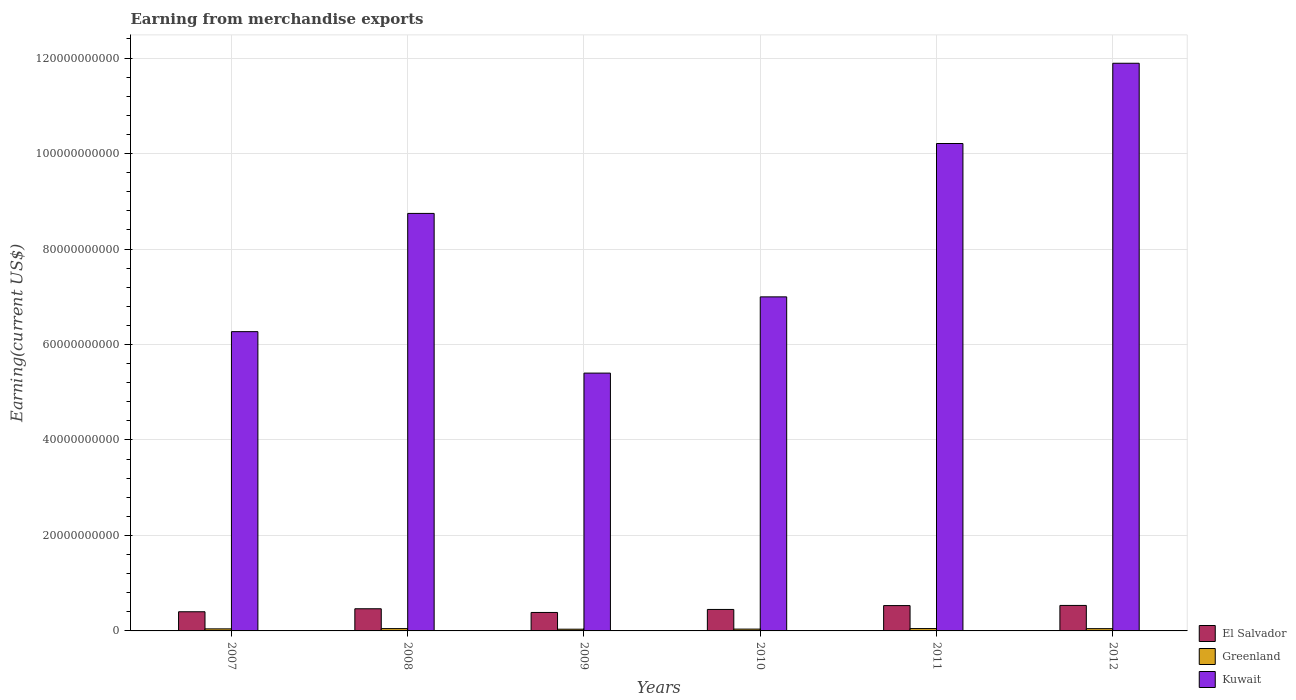
| Years | El Salvador | Greenland | Kuwait |
 | --- | --- | --- | --- |
 | 2007 | 4.01e+09 | 4.31e+08 | 6.27e+10 |
 | 2008 | 4.64e+09 | 4.87e+08 | 8.75e+10 |
 | 2009 | 3.87e+09 | 3.6e+08 | 5.4e+10 |
 | 2010 | 4.5e+09 | 3.8e+08 | 7e+10 |
 | 2011 | 5.31e+09 | 4.91e+08 | 1.02e+11 |
 | 2012 | 5.34e+09 | 4.75e+08 | 1.19e+11 |